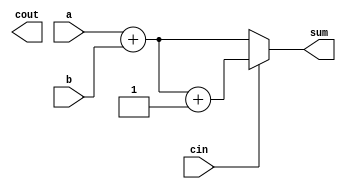
module carry_select_adder(
    input wire [31:0] a,
    input wire [31:0] b,
    input wire cin,
    output wire cout,
    output reg [31:0] sum
);

reg [31:0] c0, c1;

assign c0 = a + b;
assign c1 = a + b + 1;

always @(*) begin
    if(cin == 0)
        sum = c0;
    else
        sum = c1;
end

assign cout = cin ? c1[32] : c0[32];

endmodule